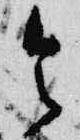
令